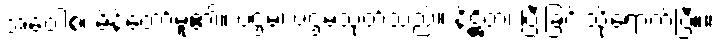
အဝေါစ၊ မိန့်တော်မူ၏။ ပဌမံ၊ ပဌမသုတ်သည်။ နိဋ္ဌိတံ၊ ပြီးခြင်းသို့ရောက်ပြီ။။